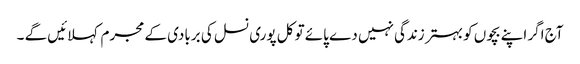
آج اگر اپنے بچوں کو بہتر زندگی نہیں دے پائے تو کل پوری نسل کی بربادی کے مجرم کہلائیں گے ۔